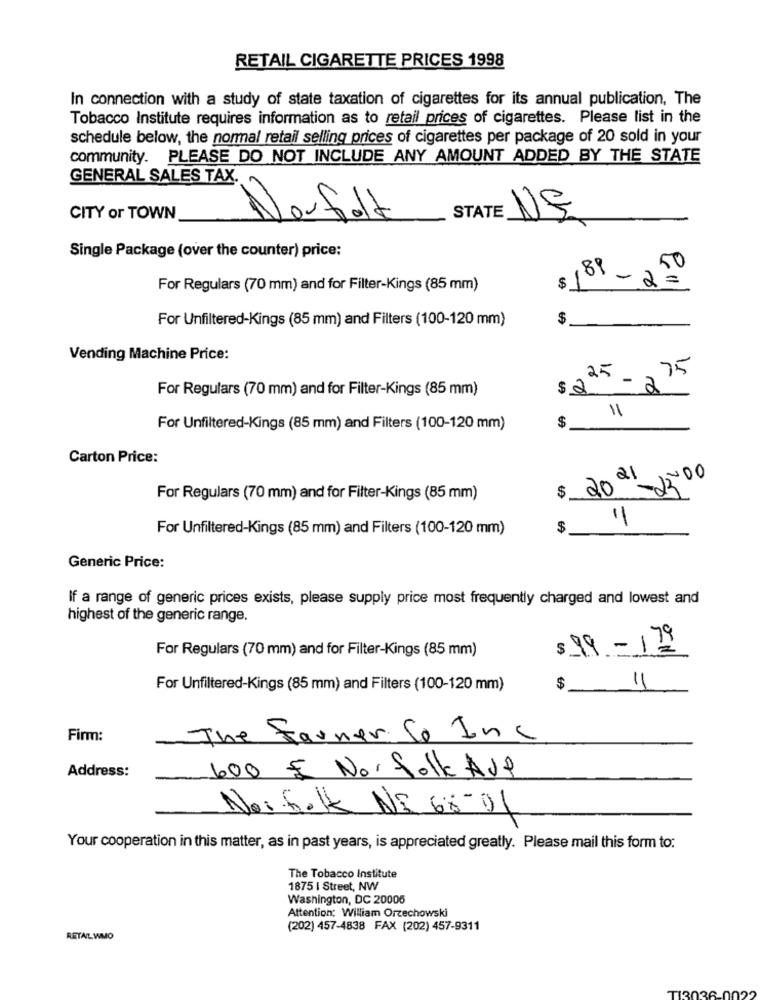
RETAIL CIGARETTE PRICES 1998
In connection with a study of state taxation of cigarettes for its annual publication, The
Tobacco Institute requires information as to retail prices of cigarettes. Please list in the
schedule below, the normal retail selling prices of cigarettes per package of 20 sold in your
community. PLEASE DO NOT INCLUDE ANY AMOUNT ADDED BY THE STATE
GENERAL SALES TAX.
CITY or TOWN
Neufolt
STATE
NE
Single Package (over the counter) price:
50
,89
- 2=
For Regulars (70 mm) and for Filter-Kings (85 mm)
$ 1
For Unfiltered-Kings (85 mm) and Filters (100-120 mm)
$
Vending Machine Price:
,75
For Regulars (70 mm) and for Filter-Kings (85 mm)
$ 2
25 - 2
11
$
For Unfiltered-Kings (85 mm) and Filters (100-120 mm)
Carton Price:
2500
20 21
For Regulars (70 mm) and for Filter-Kings (85 mm)
$
For Unfiltered-Kings (85 mm) and Filters (100-120 mm)
$
Generic Price:
If a range of generic prices exists, please supply price most frequently charged and lowest and
highest of the generic range.
$ 99-179
For Regulars (70 mm) and for Filter-Kings (85 mm)
For Unfiltered-Kings (85 mm) and Filters (100-120 mm)
$-
11
Firm:
The Farner Co Inc
Address:
600 E Norfolk Auf
Norfolk NE 68-01
Your cooperation in this matter, as in past years, is appreciated greatly. Please mail this form to:
The Tobacco Institute
1875 | Street, NW
Washington, DC 20005
Attention: William Orzechowski
(202) 457-4838 FAX (202) 457-9311
RETAIL WMO
T13036-